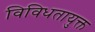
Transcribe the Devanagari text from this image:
विविधतायुक्त